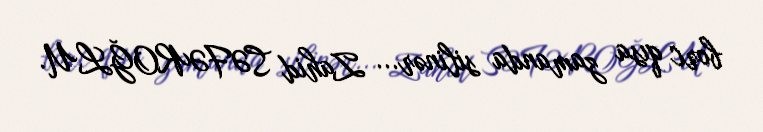
borc qısa zamanda silinər... Zahid SƏFƏROĞLU.